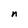
Character: n